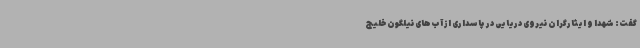
گفت: شهدا و ایثارگران نیروی دریایی در پاسداری از آب‌های نیلگون خلیج